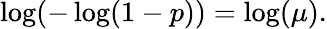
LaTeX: \log(-\log(1-p))=\log(\mu).